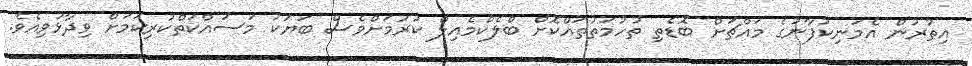
އިތުރުން އެމަނިކުފާނުގެ މައްޗަށް ބޮޑެތި ތުހުމަތުތައްކޮށް ބްލެކްމެއިލް ކުރުމަށްވެސް ބަޔަކު މަސައްކަތްކުރިކަމަށް ވިދާޅުވިއެވެ.